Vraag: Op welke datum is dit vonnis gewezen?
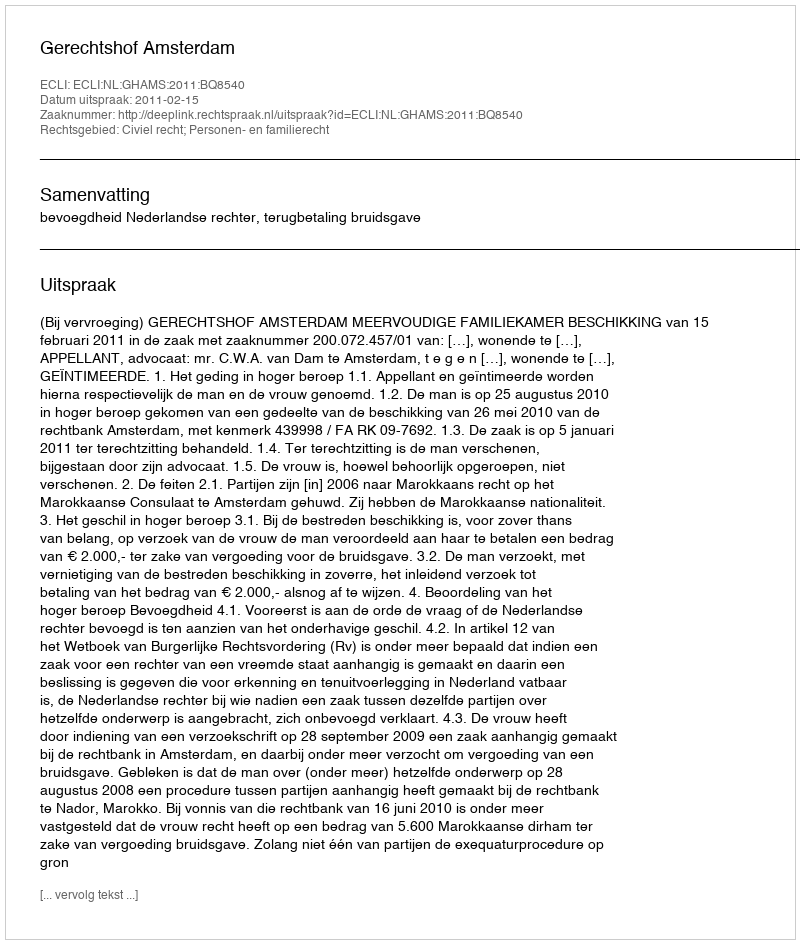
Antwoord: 2011-02-15